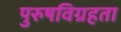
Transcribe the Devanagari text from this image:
पुरुषविग्रहता